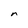
Character: n